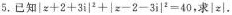
5.已知$$\left | z + 2 + 3 i \right |